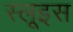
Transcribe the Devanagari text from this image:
स्लूइस